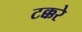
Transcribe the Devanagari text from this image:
टक्करे